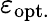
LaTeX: \varepsilon_{\mathrm{opt.}}